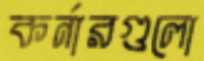
কর্নারগুলো